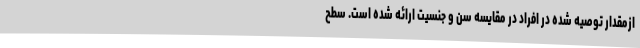
ازمقدار توصیه شده در افراد در مقایسه سن و جنسیت ارائه شده است. سطح